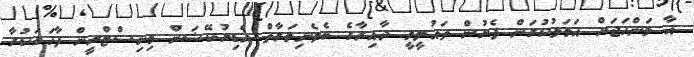
އާ މަންހަޖަށް އަމަލުކުރަން ފެށުން ތައުލީމީ ދާއިރާގެ ބެލެނިވަރާތް އެޑިޔުކޭޝަން މިނިސްޓްރީން ފާހަގަކުރާ